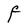
Character: F